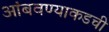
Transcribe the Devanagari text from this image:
आंबवण्याकडची